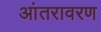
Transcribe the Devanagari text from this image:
आंतरावरण